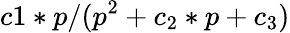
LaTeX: c1*p/(p^{2}+c_{2}*p+c_{3})